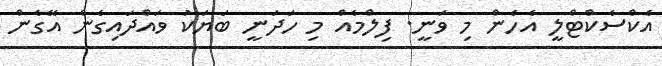
އެކްސެކްޓްލީ އެހެން މި ވަނީ. ފިލްމެއް މި ހަދަނީ ބަޔަކު ވައްދައިގެން އޭގެން